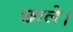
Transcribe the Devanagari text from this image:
छाले।